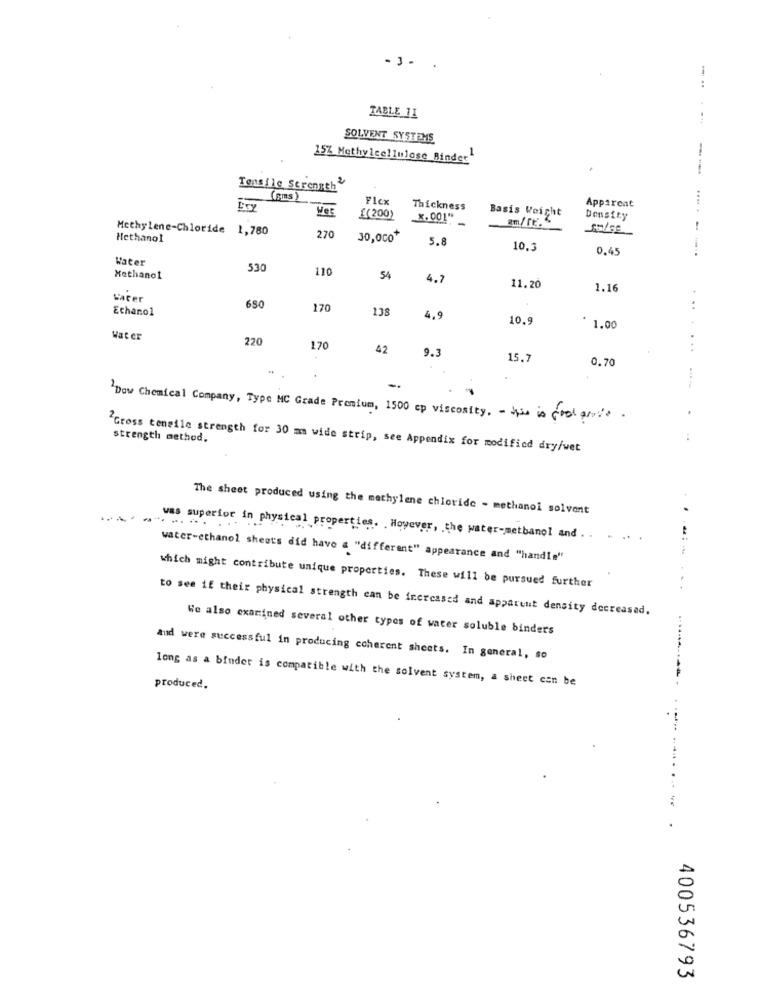
- 3 -
-
TABLE 11
SOLVENT SYSTEMS
15% Methylcellulose Binder"
Tensile Strength'
K(Sms )
Flex
Thickness
Apparent
£(200)
_X. 001"
Basis Weight
am/re. "
Density
Methylene-Chloride 1,780
SUISe
Hethanol
270
30,000*
5.8
10,3
0,45
--- -----
Water
530
110
Methanol
54
4.7
11.20
1.16
Hacer
Ethanol
650
170
138
..
4,9
10.9
1.00
Water
220
170
42
9.3
...
15.7
0.70
Dow Chemical Company, Type MC Grade Premium, 1500 cp viscosity. - the is fool ante .
strength method.
"Gross tensile strength for 30 mm wide strip, see Appendix for modified dry/wet
The sheet produced using the methylene chloride - methanol solvent
. ..
was superior in physical properties. . However, the water-methanol and . .
water-ethanol sheet's did have a "different" appearance and "handle"
which might contribute unique properties. These will be pursued further
to see if their physical strength can be increased and apparent density decreased.
We also examined several other types of water soluble binders
and were successful in producing coherent sheets. In general, so
long as a binder is compatible with the solvent system, a sheet can be
produced.
. .....
.
400536793